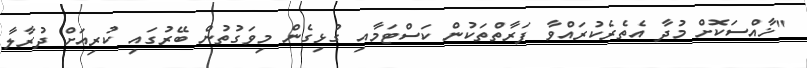
"ޚާއްސަކޮށް މުދާ އެތެރެކުރައްވާ ފަރާތްތަކުން ކަސްޓަމާއި ގުޅިގެން މިވަގުތުން ބޭރުގައި ކުރިއަށް ދުރާލާ